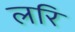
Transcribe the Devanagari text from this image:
लरि